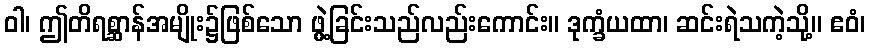
ဝါ၊ ဤတိရစ္ဆာန်အမျိုး၌ဖြစ်သော ဖွဲ့ခြင်းသည်လည်းကောင်း။ ဒုက္ခံယထာ၊ ဆင်းရဲသကဲ့သို့။ ဧဝံ၊